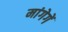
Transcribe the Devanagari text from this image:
मांगेगें